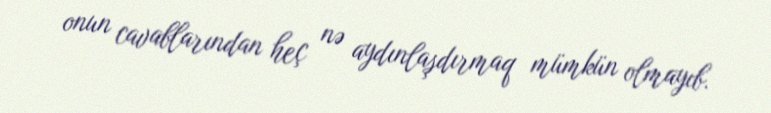
onun cavablarından heç nə aydınlaşdırmaq mümkün olmayıb.